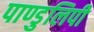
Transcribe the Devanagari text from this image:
पाण्डुलिपी